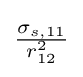
{\textstyle {\frac {\sigma _{s,11}}{r_{12}^{2}}}}